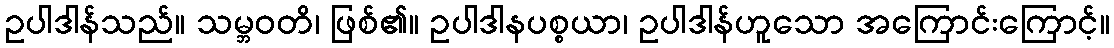
ဥပါဒါန်သည်။ သမ္ဘဝတိ၊ ဖြစ်၏။ ဥပါဒါနပစ္စယာ၊ ဥပါဒါန်ဟူသော အကြောင်းကြောင့်။